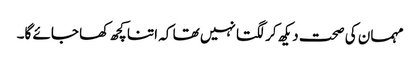
مہمان کی صحت دیکھ کر لگتا نہیں تھا کہ اتنا کچھ کھا جائے گا۔